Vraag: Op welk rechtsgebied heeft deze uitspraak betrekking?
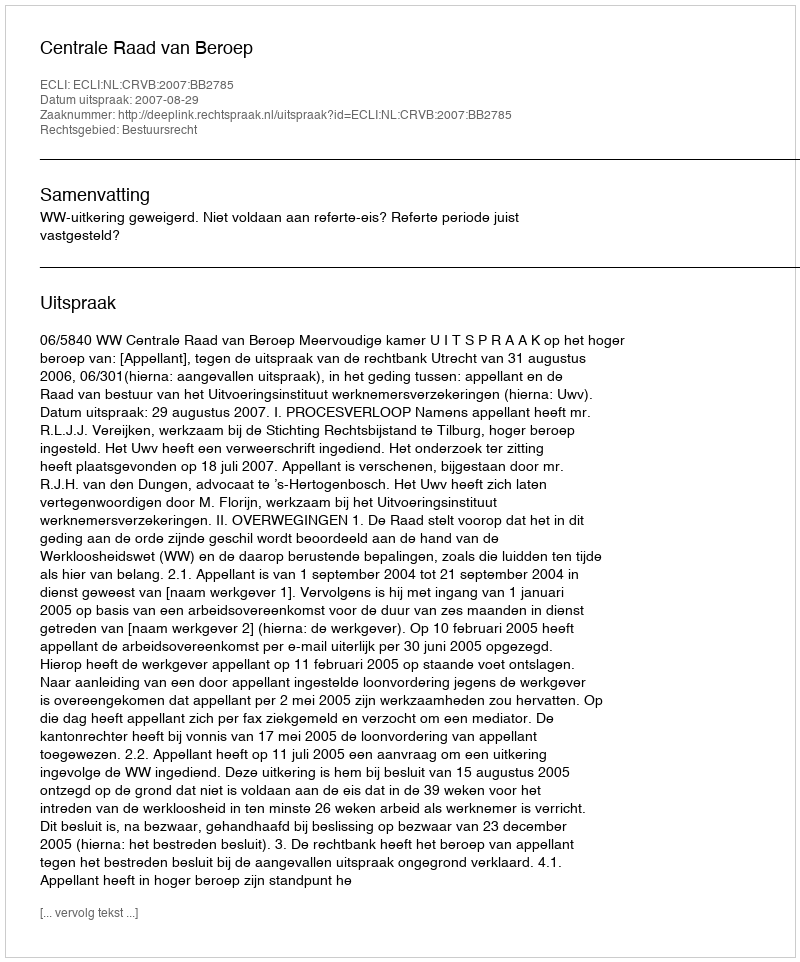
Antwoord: Bestuursrecht